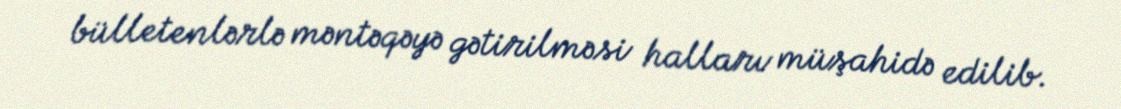
bülletenlərlə məntəqəyə gətirilməsi halları müşahidə edilib.